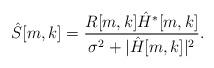
LaTeX: \begin{align*}\hat{S}[m,k] &= \frac{R[m,k]\hat{H}^*[m,k]}{\sigma^2 + |\hat{H}[m,k]|^2}.\end{align*}